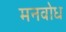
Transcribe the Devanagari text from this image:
मनवोध